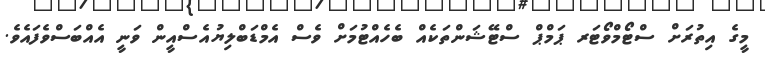
މީގެ އިތުރަށް ސްޓޯމްވޯޓަރ ޕަމްޕް ސްޓޭޝަންތަކެއް ބެހެއްޓުމަށް ވެސް އެމްޑަބްލިޔުއެސްއީން ވަނީ އެއްބަސްވެފައެވެ.